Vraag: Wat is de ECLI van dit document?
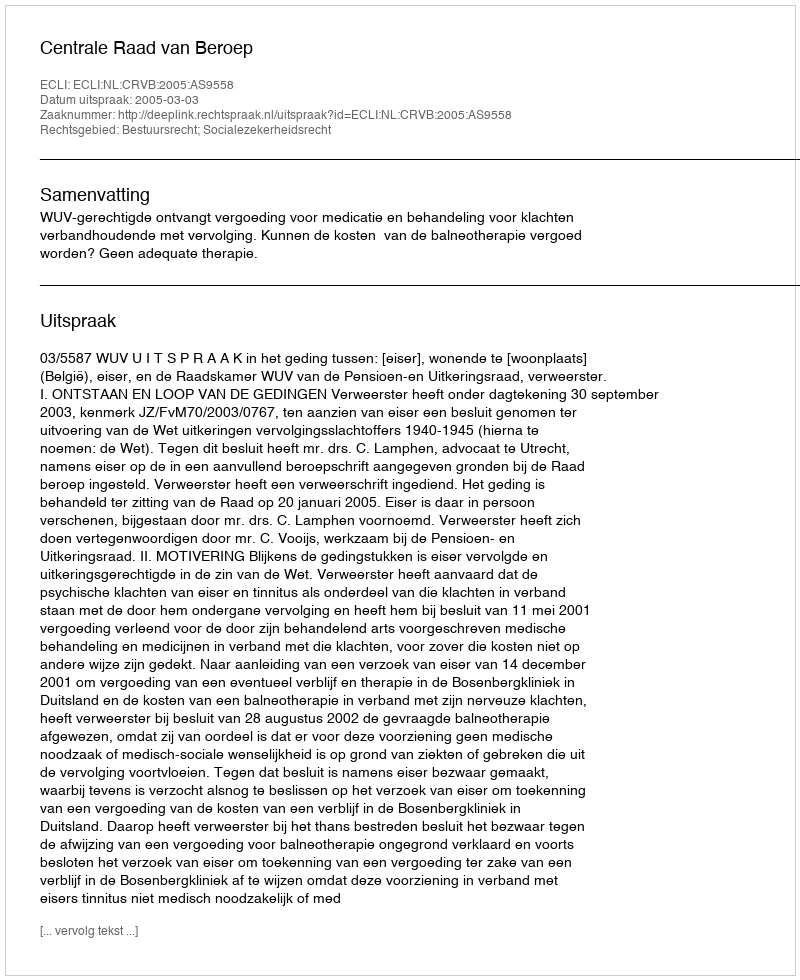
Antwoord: ECLI:NL:CRVB:2005:AS9558